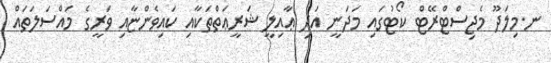
ނ.މިލަދޫ މެޖިސްޓްރޭޓް ކޯޓުގައި މަދަނީ އަދި ޢާއިލީ ޝަރީޢަތްތަކާއި ކައިވެންޏާއި ވަރީގެ މައްސަލަތައް